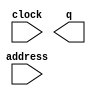
module InstructionMemory (
	address,
	clock,
	q);

	input	[6:0]  address;
	input	  clock;
	output	[15:0]  q;
`ifndef ALTERA_RESERVED_QIS
// synopsys translate_off
`endif
	tri1	  clock;
`ifndef ALTERA_RESERVED_QIS
// synopsys translate_on
`endif

endmodule